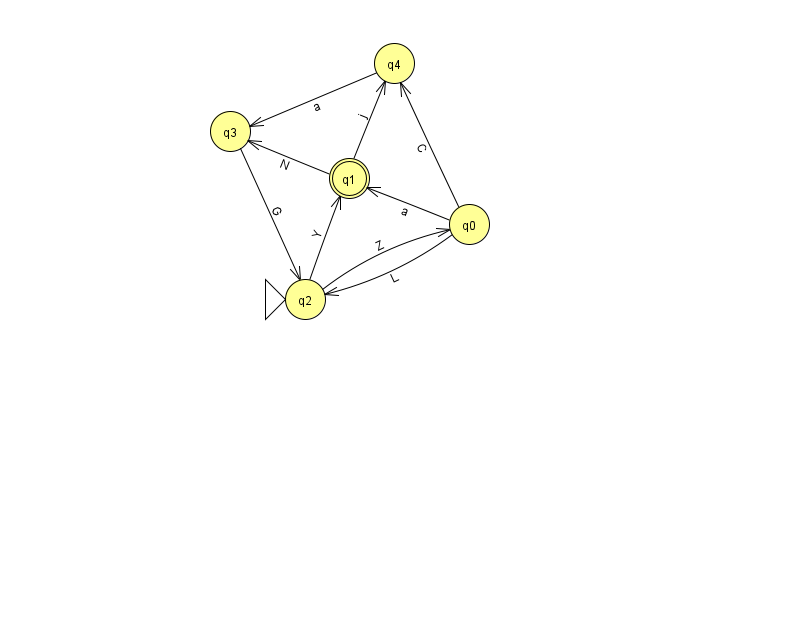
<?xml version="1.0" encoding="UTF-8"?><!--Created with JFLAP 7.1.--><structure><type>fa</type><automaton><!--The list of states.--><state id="0" name="q0"><x>469.0</x><y>211.0</y></state><state id="1" name="q1"><x>349.0</x><y>165.0</y><final/></state><state id="2" name="q2"><x>305.0</x><y>286.0</y><initial/></state><state id="3" name="q3"><x>230.0</x><y>118.0</y></state><state id="4" name="q4"><x>394.0</x><y>50.0</y></state><!--The list of transitions.--><transition><from>0</from><to>1</to><read>a</read></transition><transition><from>2</from><to>0</to><read>Z</read></transition><transition><from>2</from><to>1</to><read>Y</read></transition><transition><from>1</from><to>3</to><read>N</read></transition><transition><from>3</from><to>2</to><read>G</read></transition><transition><from>0</from><to>2</to><read>L</read></transition><transition><from>0</from><to>4</to><read>C</read></transition><transition><from>1</from><to>4</to><read>j</read></transition><transition><from>4</from><to>3</to><read>a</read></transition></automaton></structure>